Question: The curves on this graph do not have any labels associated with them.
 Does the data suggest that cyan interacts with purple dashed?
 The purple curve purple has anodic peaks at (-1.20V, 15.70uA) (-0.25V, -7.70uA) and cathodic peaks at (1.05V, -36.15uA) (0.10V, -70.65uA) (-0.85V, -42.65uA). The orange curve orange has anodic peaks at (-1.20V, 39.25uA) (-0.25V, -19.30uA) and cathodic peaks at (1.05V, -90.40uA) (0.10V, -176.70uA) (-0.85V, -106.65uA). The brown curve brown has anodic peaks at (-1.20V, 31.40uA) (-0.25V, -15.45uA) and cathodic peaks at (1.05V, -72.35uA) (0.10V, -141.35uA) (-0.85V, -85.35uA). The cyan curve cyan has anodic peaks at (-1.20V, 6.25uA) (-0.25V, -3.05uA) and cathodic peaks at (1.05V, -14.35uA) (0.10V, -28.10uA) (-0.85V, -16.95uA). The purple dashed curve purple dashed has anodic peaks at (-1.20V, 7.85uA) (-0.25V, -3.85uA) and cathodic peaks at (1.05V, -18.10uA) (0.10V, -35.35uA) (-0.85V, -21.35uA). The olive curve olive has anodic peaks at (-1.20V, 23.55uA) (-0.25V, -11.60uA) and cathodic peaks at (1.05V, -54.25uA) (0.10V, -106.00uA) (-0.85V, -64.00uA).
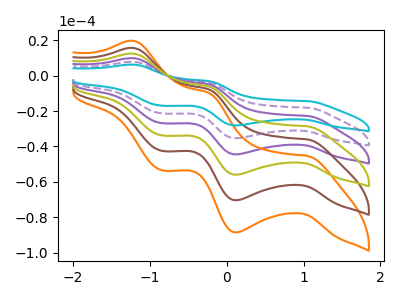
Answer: <think>All the peaks in "cyan" have a peak in "purple dashed" at the same potential.
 </think>
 <answer>No, "cyan" and "purple dashed" don't appear to be significantly different in shape</answer>
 <eval>no_change</eval>